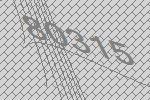
80315